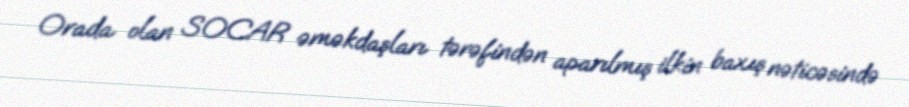
Orada olan SOCAR əməkdaşları tərəfindən aparılmış ilkin baxış nəticəsində